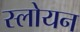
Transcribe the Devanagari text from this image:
स्लोयन